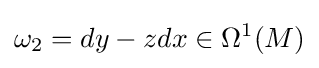
\omega _{2}=dy-zdx\in \Omega ^{1}(M)